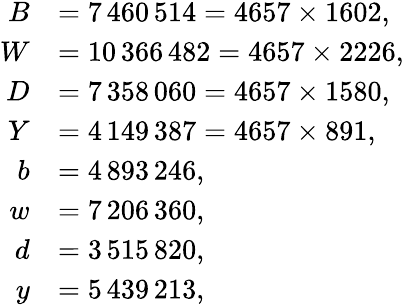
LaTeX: {\begin{array}{rl}{B}&{=7\, 460\, 514=4657\times 1602,}\\ {W}&{=10\, 366\, 482=4657\times 2226,}\\ {D}&{=7\, 358\, 060=4657\times 1580,}\\ {Y}&{=4\, 149\, 387=4657\times 891,}\\ {b}&{=4\, 893\, 246,}\\ {w}&{=7\, 206\, 360,}\\ {d}&{=3\, 515\, 820,}\\ {y}&{=5\, 439\, 213,}\end{array}}